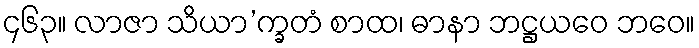
၄၆၃။ လာဇာ သိယာ’က္ခတံ စာထ၊ ဓာနာ ဘဋ္ဌယဝေ ဘဝေ။